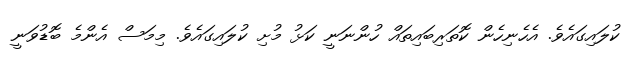
ކުލައިގައެވެ. އެހެނިހެން ކޮތަރިބައިތައް ހުންނަނީ ކަޅު މުށި ކުލައިގައެވެ. މިމަސް އެންމެ ބޮޑުވަނީ